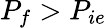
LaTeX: P_{f}>P_{ie}